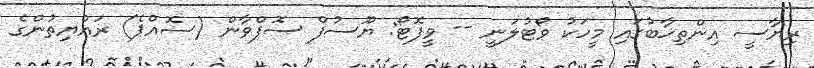
ރިޔާސީ އިންތިޚާބުގައި މީހަކު ވޯޓުލަނީ -- ވީފޮޓޯ: ޔޫސުފް ސޮފްވާން (ސޮއްޕެ) ރައްޔިތުންގެ